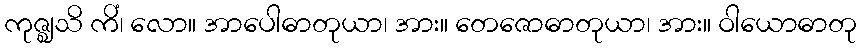
ကုဇ္ဈသိ ကိံ၊ လော။ အာပေါဓာတုယာ၊ အား။ တေဇောဓာတုယာ၊ အား။ ဝါယောဓာတု